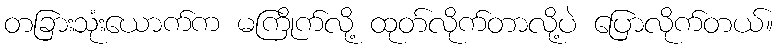
တခြားသုံးယောက်က မကြိုက်လို့ ထုတ်လိုက်တာလို့ပဲ ပြောလိုက်တယ်။